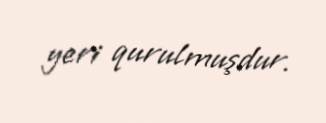
yeri qurulmuşdur.